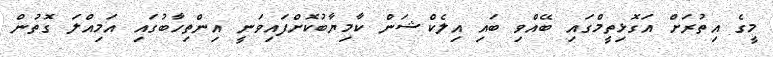
މީގެ އިތުރަށް އަގޮޅިތީމްގައި ބޭއްވި ބައި އިލެކްޝަން ކާމިޔާބުކޮށްފައިވަނީ އިންތިހާބުގައި އަމިއްލަ ގޮތުން